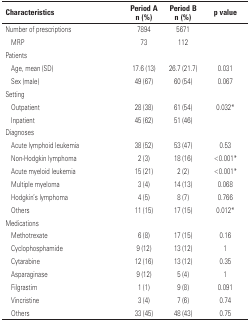
<table><thead><tr><td colspan="2"><b>Characteristics</b></td><td><b>Period A n (%)</b></td><td><b>Period B n (%)</b></td><td><b>p value</b></td></tr></thead><tbody><tr><td colspan="2">Number of prescriptions</td><td>7894</td><td>5671</td><td></td></tr><tr><td></td><td>MRP</td><td>73</td><td>112</td><td></td></tr><tr><td colspan="5">Patients</td></tr><tr><td></td><td>Age, mean (SD)</td><td>17.6 (13)</td><td>26.7 (21.7)</td><td>0.031</td></tr><tr><td></td><td>Sex (male)</td><td>49 (67)</td><td>60 (54)</td><td>0.067</td></tr><tr><td colspan="5">Setting</td></tr><tr><td></td><td>Outpatient</td><td>28 (38)</td><td>61 (54)</td><td>0.032*</td></tr><tr><td></td><td>Inpatient</td><td>45 (62)</td><td>51 (46)</td><td></td></tr><tr><td colspan="5">Diagnoses</td></tr><tr><td></td><td>Acute lymphoid leukemia</td><td>38 (52)</td><td>53 (47)</td><td>0.53</td></tr><tr><td></td><td>Non-Hodgkin lymphoma</td><td>2 (3)</td><td>18 (16)</td><td>&lt;0.001*</td></tr><tr><td></td><td>Acute myeloid leukemia</td><td>15 (21)</td><td>2 (2)</td><td>&lt;0.001*</td></tr><tr><td></td><td>Multiple myeloma</td><td>3 (4)</td><td>14 (13)</td><td>0.068</td></tr><tr><td></td><td>Hodgkin&#x27;s lymphoma</td><td>4 (5)</td><td>8 (7)</td><td>0.766</td></tr><tr><td></td><td>Others</td><td>11 (15)</td><td>17 (15)</td><td>0.012*</td></tr><tr><td colspan="5">Medications</td></tr><tr><td></td><td>Methotrexate</td><td>6 (8)</td><td>17 (15)</td><td>0.16</td></tr><tr><td></td><td>Cyclophosphamide</td><td>9 (12)</td><td>13 (12)</td><td>1</td></tr><tr><td></td><td>Cytarabine</td><td>12 (16)</td><td>13 (12)</td><td>0.35</td></tr><tr><td></td><td>Asparaginase</td><td>9 (12)</td><td>5 (4)</td><td>1</td></tr><tr><td></td><td>Filgrastim</td><td>1 (1)</td><td>9 (8)</td><td>0.091</td></tr><tr><td></td><td>Vincristine</td><td>3 (4)</td><td>7 (6)</td><td>0.74</td></tr><tr><td></td><td>Others</td><td>33 (45)</td><td>48 (43)</td><td>0.75</td></tr></tbody></table>